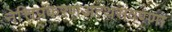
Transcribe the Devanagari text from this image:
नेत्तिप्रकरणअत्थसंवण्णा